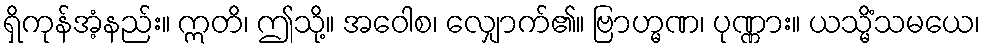
ရှိကုန်အံ့နည်း။ ဣတိ၊ ဤသို့။ အဝေါစ၊ လျှောက်၏။ ဗြာဟ္မဏ၊ ပုဏ္ဏား။ ယသ္မိံသမယေ၊